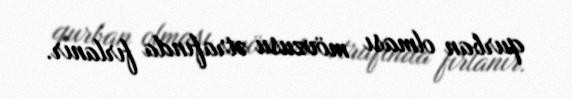
qurban olması mövzusu ətrafında fırlanır.